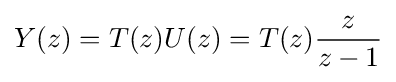
Y(z)=T(z)U(z)=T(z){\dfrac {z}{z-1}}